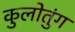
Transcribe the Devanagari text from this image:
कुलोतुंग